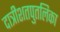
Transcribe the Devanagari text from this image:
दात्रीशतपुतलिका